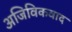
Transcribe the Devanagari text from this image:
अजिविकवाद